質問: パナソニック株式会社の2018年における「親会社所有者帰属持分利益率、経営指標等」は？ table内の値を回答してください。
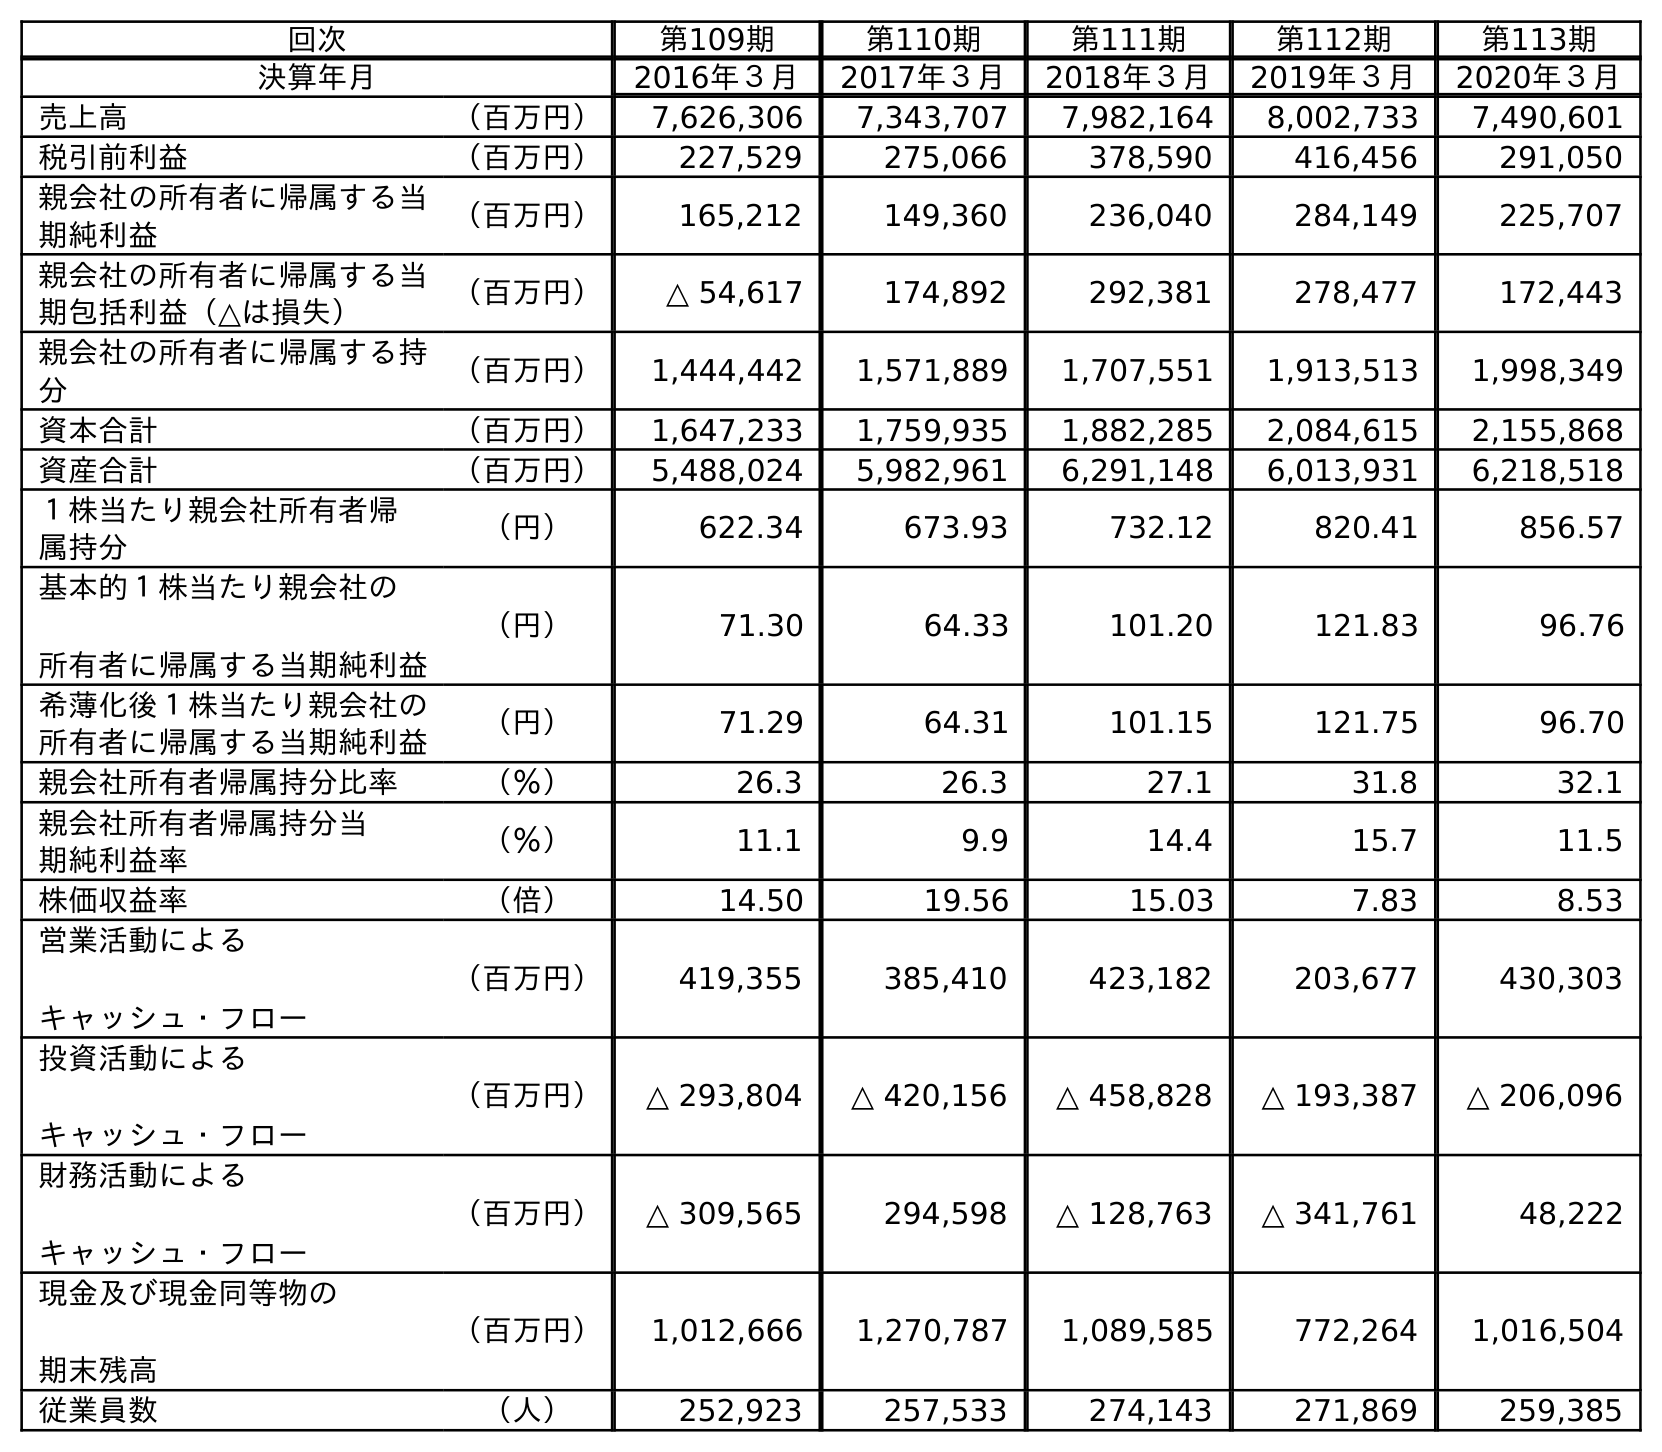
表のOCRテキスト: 回次 第109期 第110期 第111期 第112期 第113期 決算年月 2016年３月 2017年３月 2018年３月 2019年３月 2020年３月 売上高 （百万円） 7,626,306 7,343,707 7,982,164 8,002,733 7,490,601 税引前利益 （百万円） 227,529 275,066 378,590 416,456 291,050 親会社の所有者に帰属する当 期純利益 （百万円） 165,212 149,360 236,040 284,149 225,707 親会社の所有者に帰属する当 期包括利益（△は損失） （百万円） △ 54,617 174,892 292,381 278,477 172,443 親会社の所有者に帰属する持 分 （百万円） 1,444,442 1,571,889 1,707,551 1,913,513 1,998,349 資本合計 （百万円） 1,647,233 1,759,935 1,882,285 2,084,615 2,155,868 資産合計 （百万円） 5,488,024 5,982,961 6,291,148 6,013,931 6,218,518 １株当たり親会社所有者帰 属持分 （円） 622.34 673.93 732.12 820.41 856.57 基本的１株当たり親会社の 所有者に帰属する当期純利益 （円） 71.30 64.33 101.20 121.83 96.76 希薄化後１株当たり親会社の 所有者に帰属する当期純利益 （円） 71.29 64.31 101.15 121.75 96.70 親会社所有者帰属持分比率 （％） 26.3 26.3 27.1 31.8 32.1 親会社所有者帰属持分当 期純利益率 （％） 11.1 9.9 14.4 15.7 11.5 株価収益率 （倍） 14.50 19.56 15.03 7.83 8.53 営業活動による キャッシュ・フロー （百万円） 419,355 385,410 423,182 203,677 430,303 投資活動による キャッシュ・フロー （百万円） △ 293,804 △ 420,156 △ 458,828 △ 193,387 △ 206,096 財務活動による キャッシュ・フロー （百万円） △ 309,565 294,598 △ 128,763 △ 341,761 48,222 現金及び現金同等物の 期末残高 （百万円） 1,012,666 1,270,787 1,089,585 772,264 1,016,504 従業員数 （人） 252,923 257,533 274,143 271,869 259,385
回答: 14.4